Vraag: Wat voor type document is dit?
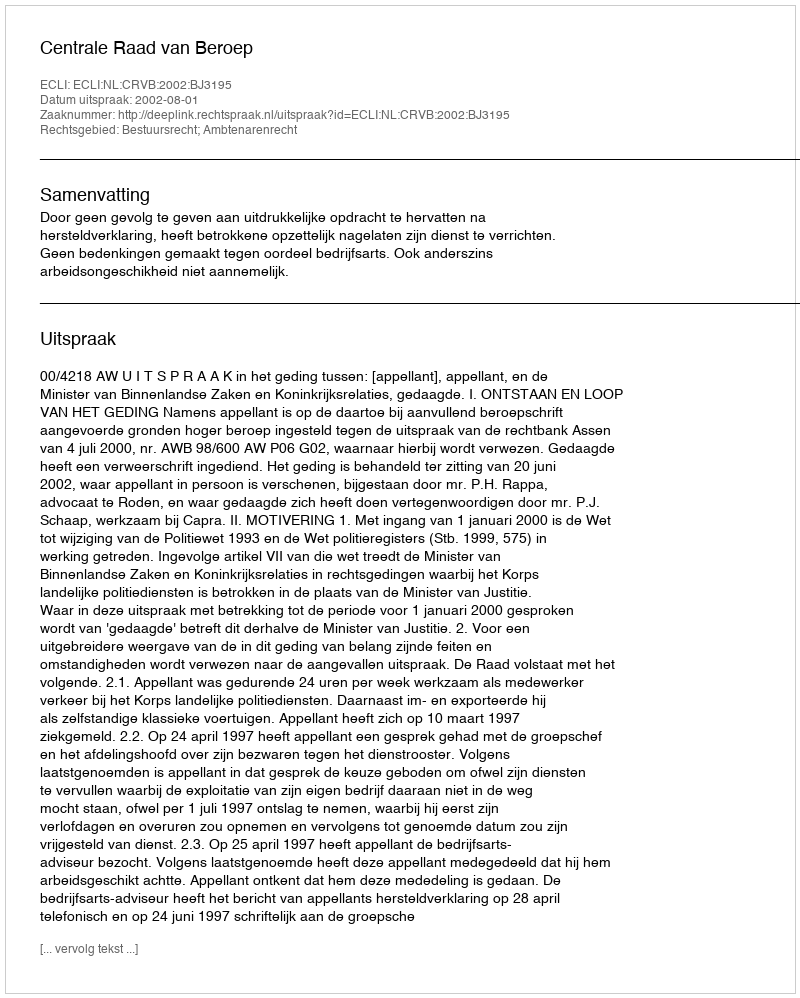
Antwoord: Uitspraak